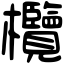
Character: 欖